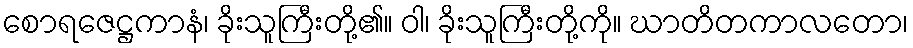
စောရဇေဋ္ဌကာနံ၊ ခိုးသူကြီးတို့၏။ ဝါ၊ ခိုးသူကြီးတို့ကို။ ဃာတိတကာလတော၊